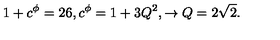
1 + c ^ { \phi } = 2 6 , c ^ { \phi } = 1 + 3 Q ^ { 2 } , \to Q = 2 \sqrt { 2 } .